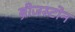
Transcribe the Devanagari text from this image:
ब्रीजस्टोन